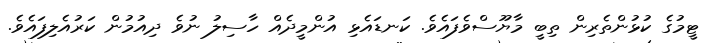
ޓީމުގެ ކުޅުންތެރިން ތިބީ މާޔޫސްވެފައެވެ. ކަނޑައެޅި އުންމީދެއް ހާސިލު ނުވެ ދިއުމުން ކަރުއެލިފައެވެ.